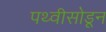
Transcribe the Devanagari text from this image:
पथ्वीसोडून